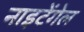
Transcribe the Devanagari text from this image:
नाइटेंगेल